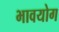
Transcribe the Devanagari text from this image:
भावयोग